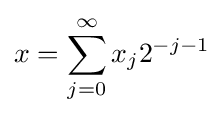
x=\sum _{j=0}^{\infty }x_{j}2^{-j-1}